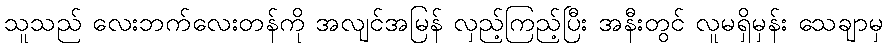
သူသည် လေးဘက်လေးတန်ကို အလျင်အမြန် လှည့်ကြည့်ပြီး အနီးတွင် လူမရှိမှန်း သေချာမှ